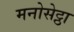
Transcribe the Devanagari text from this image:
मनोसेट्ठा